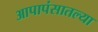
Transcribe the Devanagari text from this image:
आपापंसातल्या